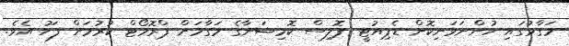
މަގާމުގައި ހުންނަވަނިކޮށް ޑެޕިއުޓީ ޕޮލިސް ކޮމިޝަނާގެ މަގާމަށް ޕްރޮމޯޓް ކުރުމަށް ފަހު އެވެ.